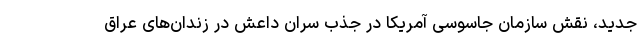
جدید، نقش سازمان جاسوسی آمریکا در جذب سران داعش در زندان‌های عراق